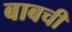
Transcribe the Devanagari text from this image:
बाबची